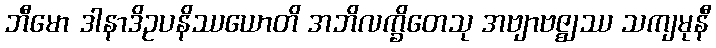
ဘီမော ဒါနာဒိဥပနိဿယောတိ အဘိလက္ခိတေသု အဗျာဗဇ္ဈဿ သကျမုနီ